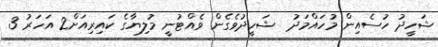
ޝަހީދު ހުސެއިން މުހައްމަދު  ޝަހީދުވެގެން ވެއްޓުނީ މުލިޔާގެ ކައިރިއަށް2 އަހަރު 3